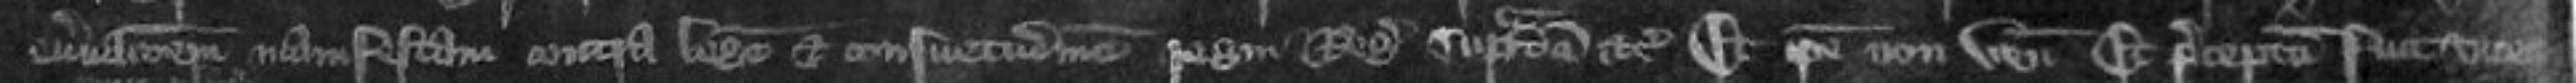
enervationem manifestam contra legem et consuetudinem regni Regis supradicti etc Et ipse non venit Et preceptum est viceco